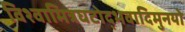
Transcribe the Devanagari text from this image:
विश्वामित्रघटोद्भवादिमुनयो